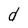
Character: d